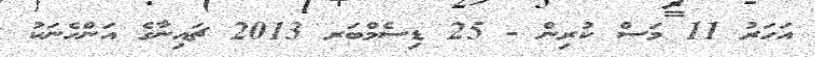
އަހަރު 11 މަސް ކުރިން - 25 ޑިސެމްބަރ 2013 ޗައިނާގެ އަންހެނަކު